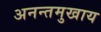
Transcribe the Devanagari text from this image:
अनन्तमुखाय